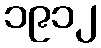
၁၉၁၂